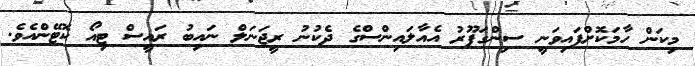
މިކަން ހާމަކޮށްފައިވަނީ ސިންގަޕޫރު އެއާލައިންސްގެ ދެކުނު ރީޖަނަލް ނައިބު ރައީސް ޓިއޯ ކޮޓޭންއެވެ.